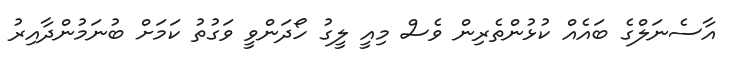
އާސެނަލްގެ ބައެއް ކުޅުންތެރިން ވެސް މިއީ ލީގު ހޯދަންވީ ވަގުތު ކަމަށް ބުނަމުންދާއިރު